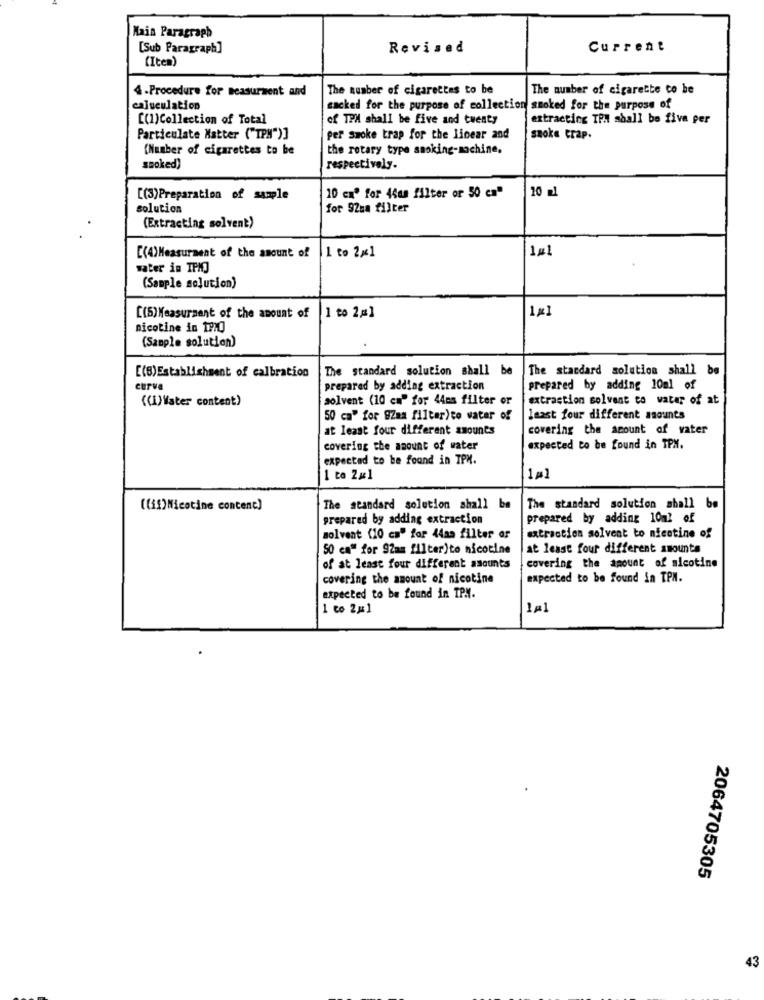
Main Paragraph
[Sub Paragraph]
Revised
Current
(Iten)
4 - Procedure for measurment and
The number of cigarettes to be
The number of cigarette to be
caluculation
sacked for the purpose of collection smoked for the purpose of
[(1)Collection of Total
of TPM shall be five and twenty
extracting TPi shall be five per
Particulate Matter ("TPM")]
per Smoke trap for the linear and
smoke crap.
(Number of cigarettes to be
the rotary type smoking-machine.
smoked)
respectively.
20 ml
[(3)Preparation of sample
10 cm" for 44as filter or 50 cm"
solution
for 92ma filter
(Extracting solvent)
1 to 2×41
1gl
[(4)Measurment of the amount of
water in TPM]
(Sample solution)
1 x]
[(5)Measurment of the amount of
1 to 2=1
nicotine in 1PO
(Sample solution)
The standard solution shall be
The standard solution shall be
[(B)Establishment of calbration
curva
prepared by adding extraction
prepared by adding 10ml of
((1) Vater content)
solvent (10 cm" for 44es filter or
extraction solvent to water of at
50 ca" for 9Zam filter)to water of
least four different amounts
at least four different amounts
covering the amount of water
covering the amount of water
expected to be found in TPX.
expected to be found in TPX.
1 to 2#1
1#1
((if) Nicotine contenc)
The standard solution shall be
The standard solution shall be
prepared by adding extraction
prepared by adding 10m2 of
solvent (10 ca" for 44am filter or
extraction solvent to nicotine of
50 cm" for 92mm filter)to nicotine
at least four different amounts
of at least four different ascunts
covering the amount of nicotine
covering the amount of nicotine
expected to be found in TPN.
expected to be found in TPX.
1 co 2#1
1#1
2064705305
43